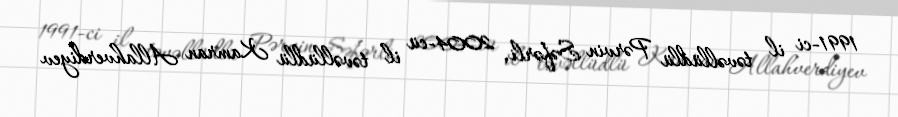
1991-ci il təvəllüdlü Pərvin Səfərli, 2004-cü il təvəllüdlü Kamran Allahverdiyev